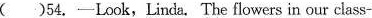
( )54.-Look,Linda. The flowers in our class-